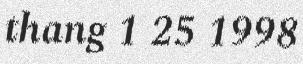
thang 1 25 1998